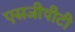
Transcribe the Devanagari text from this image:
एसजीपीटी